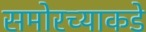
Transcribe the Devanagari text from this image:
समोरच्याकडे